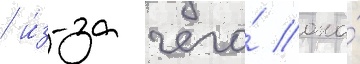
/ и́з-за чего́ она́